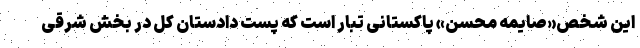
این شخص«صایمه محسن» پاکستانی تبار است که پست دادستان کل در بخش شرقی